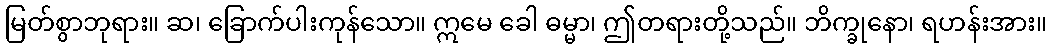
မြတ်စွာဘုရား။ ဆ၊ ခြောက်ပါးကုန်သော။ ဣမေ ခေါ ဓမ္မာ၊ ဤတရားတို့သည်။ ဘိက္ခုနော၊ ရဟန်းအား။